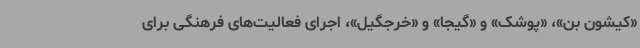
«کیشون بن»، «پوشک» و «گیجا» و «خرجگیل»، اجرای فعالیت‌های فرهنگی برای